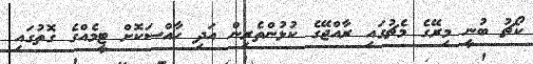
ކޯޗު ބުނީ މިރޭގެ މެޗުގައި ރާއްޖޭގެ ކުޅުންތެރިން އަދި ހާއްސަކޮށް ޓީމެއްގެ ގޮތުގައި